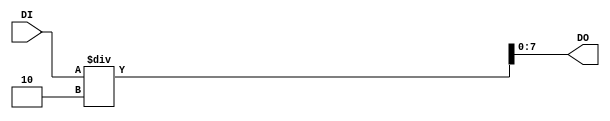
`timescale 1ns / 1ps

module Devision(
    input [7:0] DI,
    output [7:0] DO
    );
	 
	 assign DO = DI / 2; //Only power of 2 can be used   
	                     //will be implemented by shift

endmodule